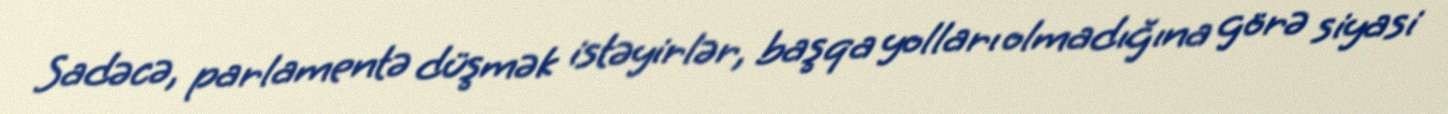
Sadəcə, parlamentə düşmək istəyirlər, başqa yolları olmadığına görə siyasi